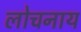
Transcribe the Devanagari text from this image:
लोचनाय